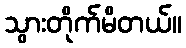
သွားတိုက်မိတယ်။